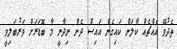
ތެދުވޭ އެއްޗެއް ކާލަން ކައިގެން އައިސް ދެން ނިދާނީ މާ ބޮޑަރަށް ވަރުބަލިވީ